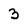
Character: 3